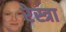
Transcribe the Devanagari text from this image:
रेस्त्रा